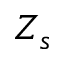
Z _ { s }